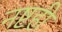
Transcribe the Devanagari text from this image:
नष्टही